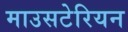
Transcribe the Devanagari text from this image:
माउसटेरियन